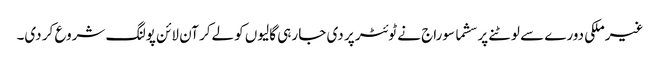
غیرملکی دورے سے لوٹنے پر سشما سوراج نے ٹوئٹر پر دی جا رہی گالیوں کو لےکر آن لائن پولنگ شروع کر دی۔